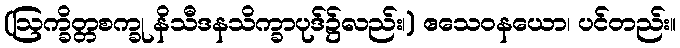
(ဩက္ခိတ္တစက္ခု နိသီဒနသိက္ခာပုဒ်၌လည်း၊) ဧသေဝနယော၊ ပင်တည်း။